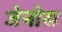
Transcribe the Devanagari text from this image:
जेनोस